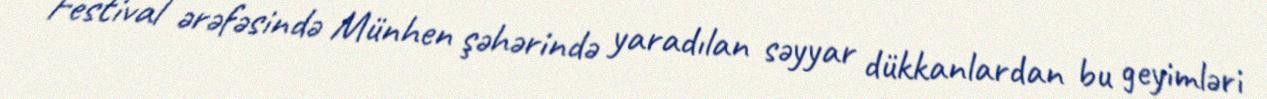
Festival ərəfəsində Münhen şəhərində yaradılan səyyar dükkanlardan bu geyimləri